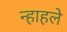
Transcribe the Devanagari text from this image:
न्हाहले